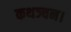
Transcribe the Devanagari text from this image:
कथञ्चन।